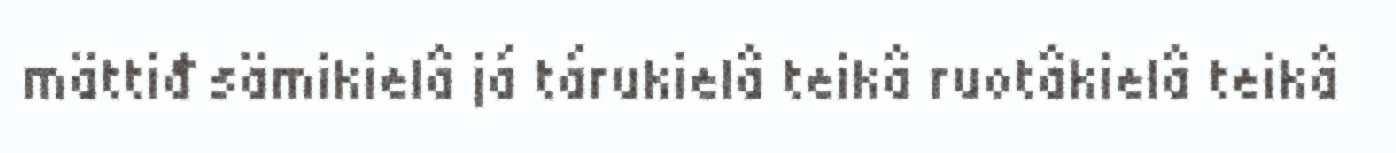
mättiđ sämikielâ já tárukielâ teikâ ruotâkielâ teikâ